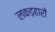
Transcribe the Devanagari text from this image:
लकड़हारों